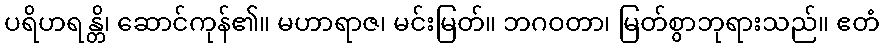
ပရိဟရန္တိ၊ ဆောင်ကုန်၏။ မဟာရာဇ၊ မင်းမြတ်။ ဘဂဝတာ၊ မြတ်စွာဘုရားသည်။ ဧတံ